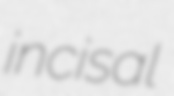
incisal